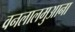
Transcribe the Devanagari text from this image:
वनलालमुआना